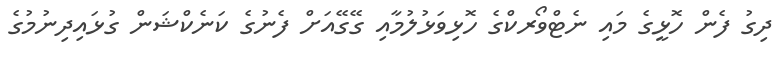
ދިގު ފެން ހޮޅީގެ މައި ނެޓްވޯރކްގެ ހޮޅިވަޅުލުމާއި ގޭގޭއަށް ފެނުގެ ކަނެކްޝަން ގުޅައިދިނުމުގެ